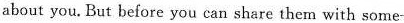
about you. But before you can share them with some